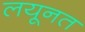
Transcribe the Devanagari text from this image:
लयूनत